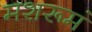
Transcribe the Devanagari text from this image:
मशरूमं